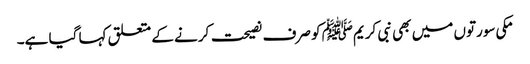
مکی سورتوں میں بھی نبی کریمﷺ کو صرف نصیحت کرنے کے متعلق کہا گیا ہے۔